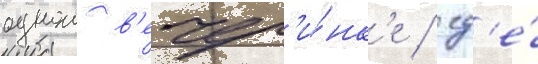
однои в'ечер'и́нк'е / гд'е́